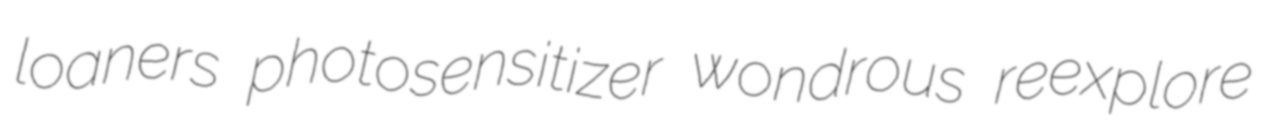
loaners photosensitizer wondrous reexplore